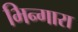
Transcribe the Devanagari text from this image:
भिन्गारा